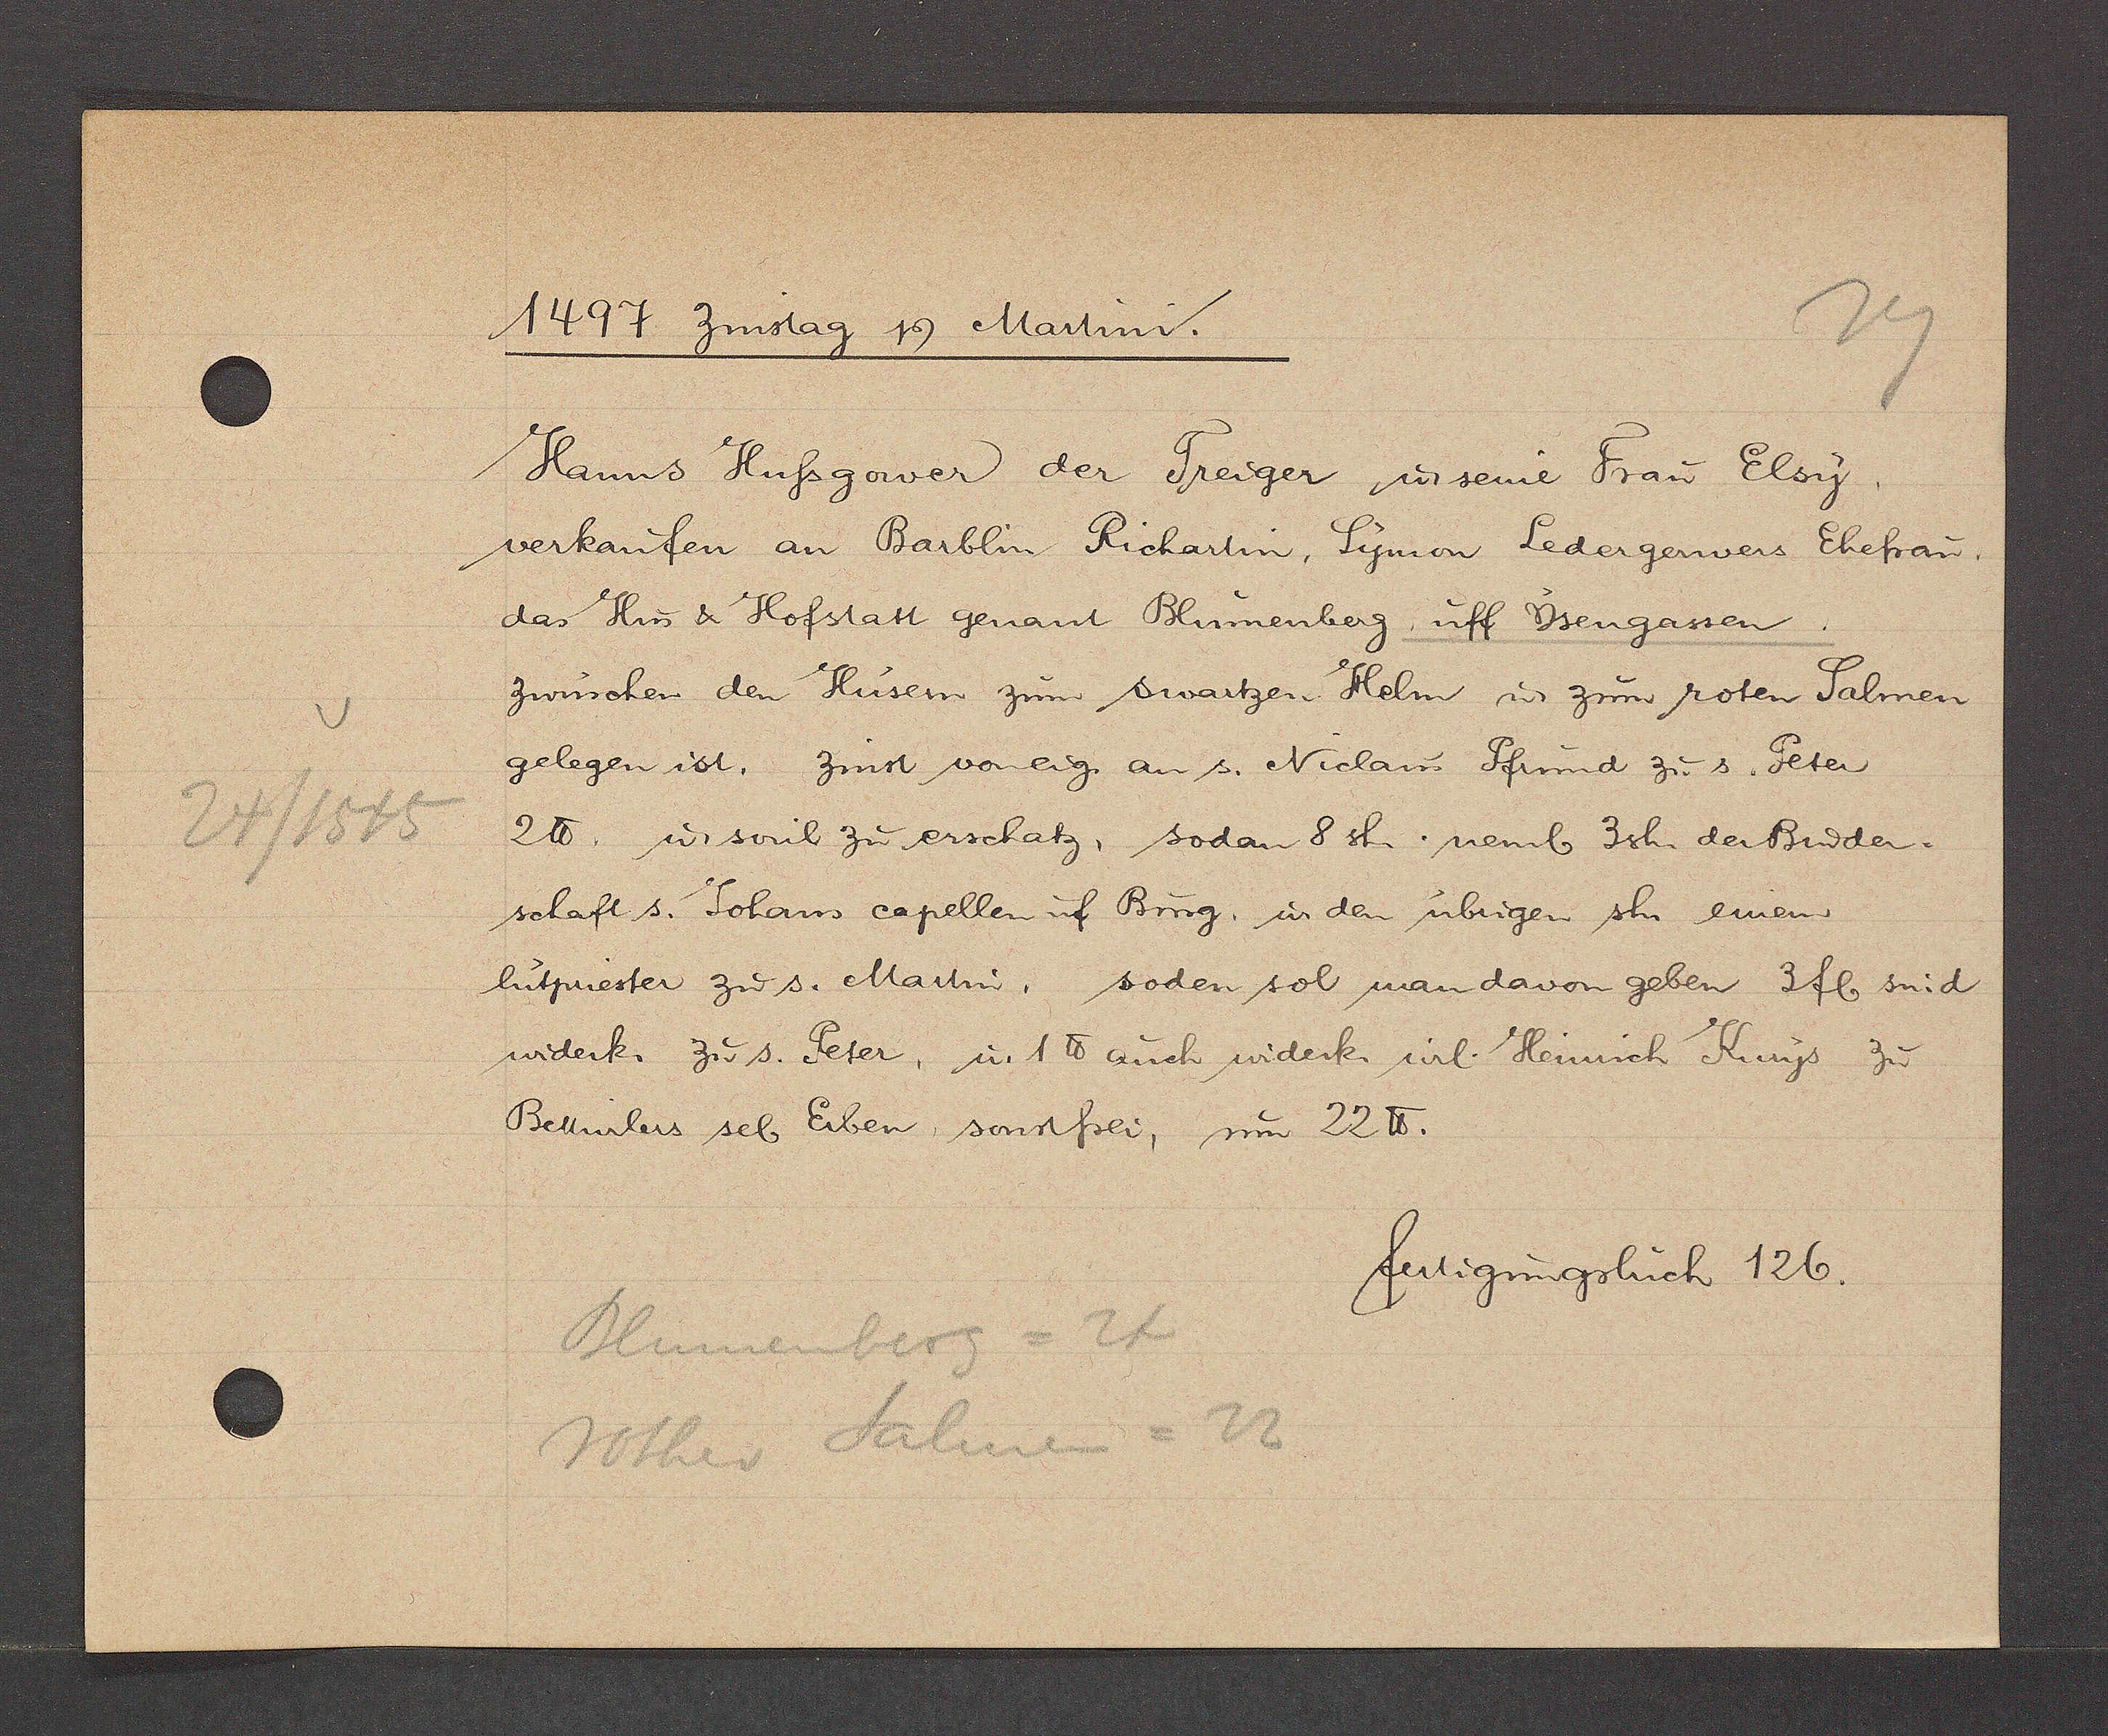
Transcript:
24/1545

1497 Zinstag Ƿ Martini.
Hanns Hußgower der Treiger ư seine Frau Elsy.
verkaufen an Barblin Richartin, Symon Ledergerwers Ehefrau.
das Hus & Hofstatt genant Blümenberg, uff Yengassen.
zwüschen den Hüsern zum Swartzen Helm ư zum roten Salmen
gelegen ist. Zinst voneig. an s. Niclaus Pfrund zu s.Peter
2℔. ư sovil zu erschatz, sodan 8sh. nemb 3sh. der Bruder-
schaft s. Johans capellen uf Burg, ư den übrigen sh. einem
lutpriester zu s. Martin, soden sol man davon geben 3fl sud
widerk. zus. Peter, u. 1℔ auch widerk wil. Heinrich Kurys zu
Bellwilers seb Erben sonstfrei, um 22℔.
fertigungsbuch 126.
Blumenberg = 24
Rother Salmen = 22